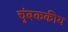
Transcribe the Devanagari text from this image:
चुंबककीय